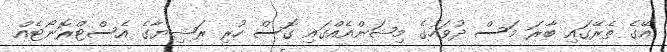
އޭގެ ތެރޭގައި ބާރަ މަސް ދުވަހުގެ މިޝަންއެއްގައި ގޮސް ހުރި ރަޝިޔާގެ އެސްޓްރޮނޯޓެއް